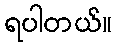
ရပါတယ်။